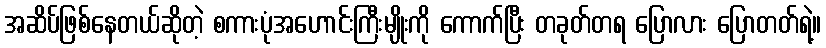
အဆိပ်ဖြစ်နေတယ်ဆိုတဲ့ စကားပုံအဟောင်းကြီးမျိုးကို ကောက်ပြီး တခုတ်တရ ပြောလား ပြောတတ်ရဲ့။